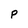
Character: P